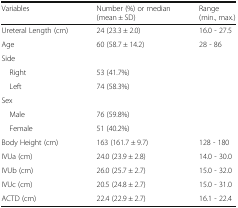
<table><thead><tr><td><b>Variables</b></td><td><b>Number (%) or median (mean ± SD)</b></td><td><b>Range (min., max.)</b></td></tr></thead><tbody><tr><td>Ureteral Length (cm)</td><td>24 (23.3 ± 2.0)</td><td>16.0 - 27.5</td></tr><tr><td>Age</td><td>60 (58.7 ± 14.2)</td><td>28 - 86</td></tr><tr><td colspan="3">Side</td></tr><tr><td> Right</td><td>53 (41.7%)</td><td></td></tr><tr><td> Left</td><td>74 (58.3%)</td><td></td></tr><tr><td colspan="3">Sex</td></tr><tr><td> Male</td><td>76 (59.8%)</td><td></td></tr><tr><td> Female</td><td>51 (40.2%)</td><td></td></tr><tr><td>Body Height (cm)</td><td>163 (161.7 ± 9.7)</td><td>128 - 180</td></tr><tr><td>IVUa (cm)</td><td>24.0 (23.9 ± 2.8)</td><td>14.0 - 30.0</td></tr><tr><td>IVUb (cm)</td><td>26.0 (25.7 ± 2.7)</td><td>15.0 - 32.0</td></tr><tr><td>IVUc (cm)</td><td>20.5 (24.8 ± 2.7)</td><td>15.0 - 31.0</td></tr><tr><td>ACTD (cm)</td><td>22.4 (22.9 ± 2.7)</td><td>16.1 - 22.4</td></tr></tbody></table>